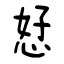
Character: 恏